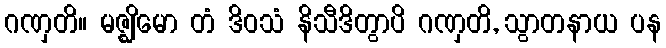
ဂဏှတိ။ မဇ္ဈိမော တံ ဒိဝသံ နိသီဒိတွာပိ ဂဏှတိ, သွာတနာယ ပန